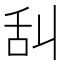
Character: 舏